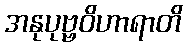
အနုပုဗ္ဗဝိဟာရာတိ